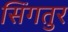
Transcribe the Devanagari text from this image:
सिंगतुर